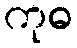
ကုဓ